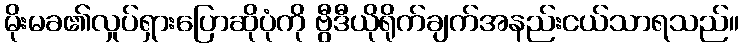
မိုးမခ၏လှုပ်ရှားပြောဆိုပုံကို ဗွီဒီယိုရိုက်ချက်အနည်းငယ်သာရသည်။